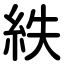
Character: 紩